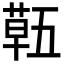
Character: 𮐌